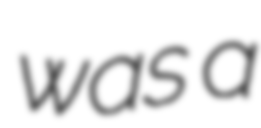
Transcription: was a